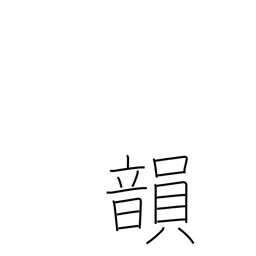
Meaning: rhyme